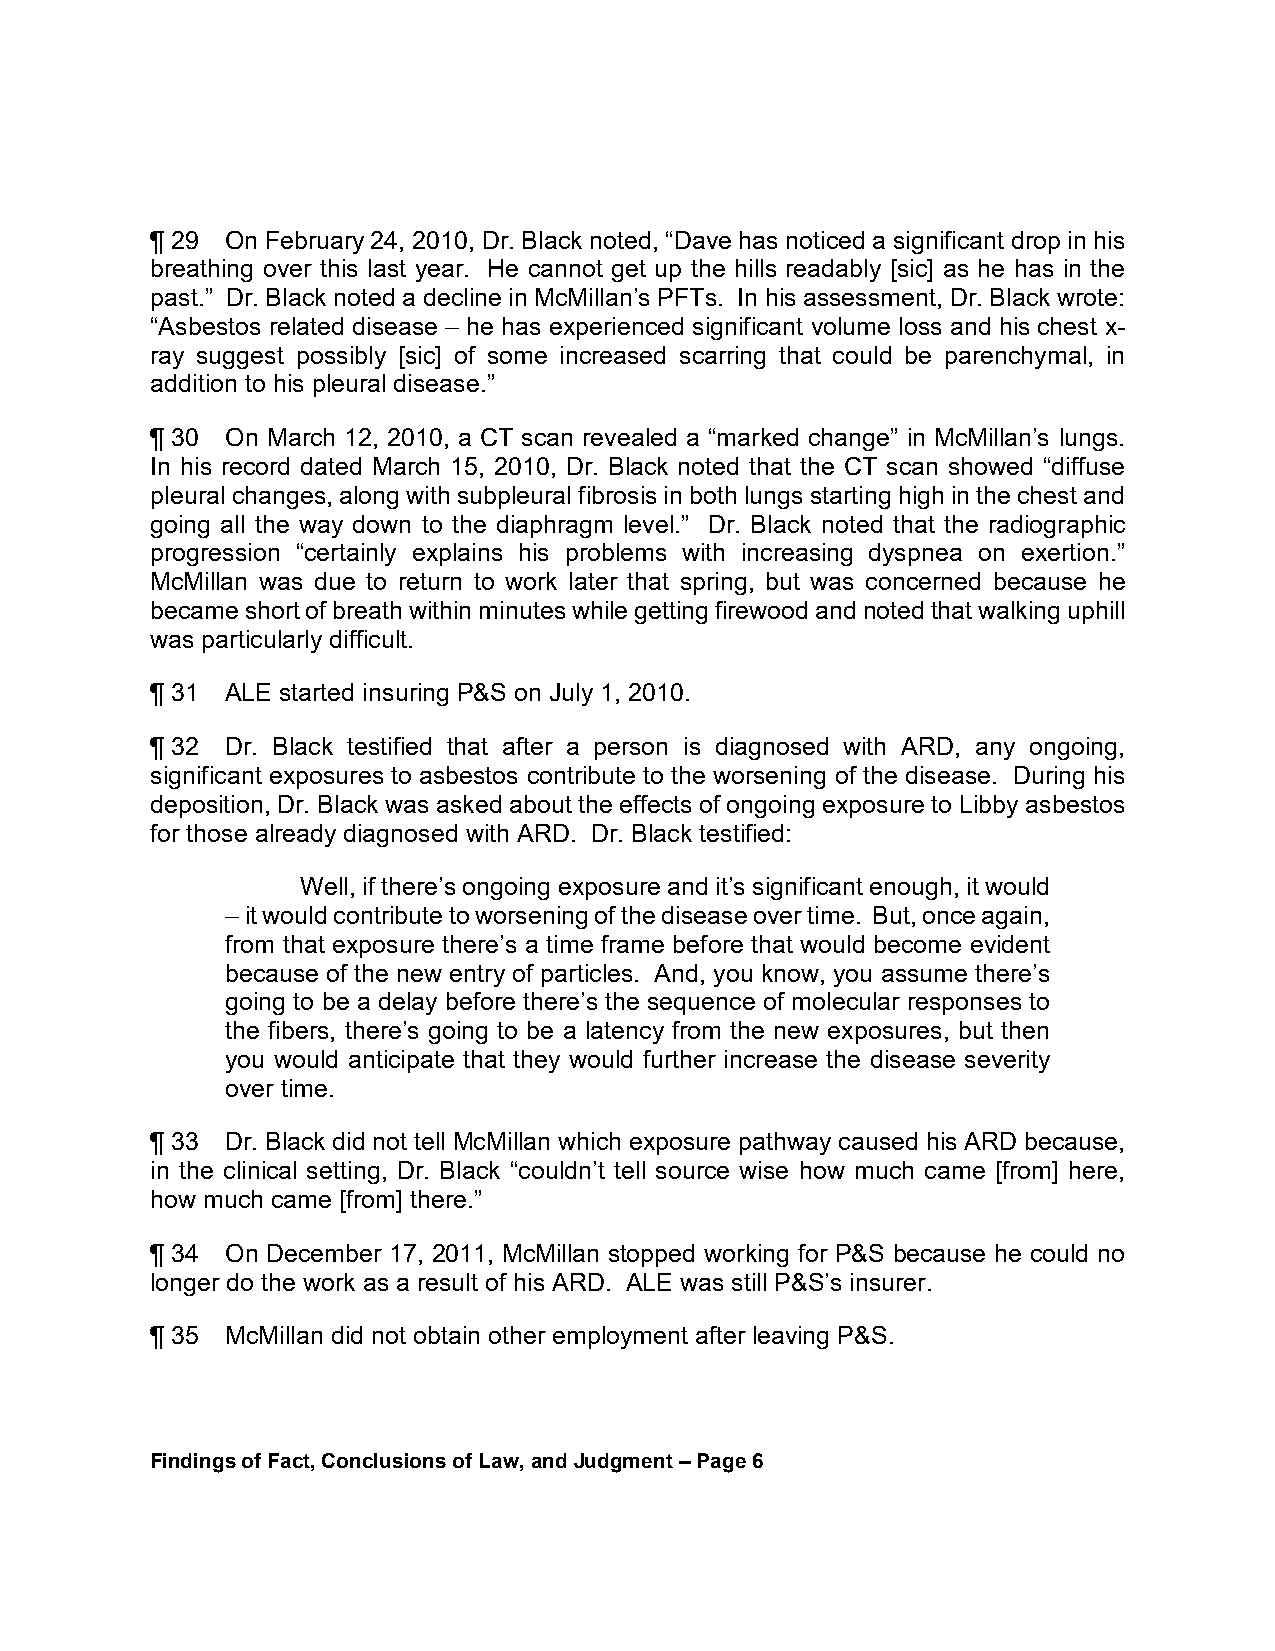
¶ 29 On February 24, 2010, Dr. Black noted, “Dave has noticed a significant drop in his
 breathing over this last year. He cannot get up the hills readably [sic] as he has in the
 past.” Dr. Black noted a decline in McMillan’s PFTs. In his assessment, Dr. Black wrote:
 “Asbestos related disease – he has experienced significant volume loss and his chest x-
 ray suggest possibly [sic] of some increased scarring that could be parenchymal, in
 addition to his pleural disease.”
 ¶ 30 On March 12, 2010, a CT scan revealed a “marked change” in McMillan’s lungs.
 In his record dated March 15, 2010, Dr. Black noted that the CT scan showed “diffuse
 pleural changes, along with subpleural fibrosis in both lungs starting high in the chest and
 going all the way down to the diaphragm level.” Dr. Black noted that the radiographic
 progression “certainly explains his problems with increasing dyspnea on exertion.”
 McMillan was due to return to work later that spring, but was concerned because he
 became short of breath within minutes while getting firewood and noted that walking uphill
 was particularly difficult.
 ¶ 31 ALE started insuring P&S on July 1, 2010.
 ¶ 32 Dr. Black testified that after a person is diagnosed with ARD, any ongoing,
 significant exposures to asbestos contribute to the worsening of the disease. During his
 deposition, Dr. Black was asked about the effects of ongoing exposure to Libby asbestos
 for those already diagnosed with ARD. Dr. Black testified:
 Well, if there’s ongoing exposure and it’s significant enough, it would
 – it would contribute to worsening of the disease over time. But, once again,
 from that exposure there’s a time frame before that would become evident
 because of the new entry of particles. And, you know, you assume there’s
 going to be a delay before there’s the sequence of molecular responses to
 the fibers, there’s going to be a latency from the new exposures, but then
 you would anticipate that they would further increase the disease severity
 over time.
 ¶ 33 Dr. Black did not tell McMillan which exposure pathway caused his ARD because,
 in the clinical setting, Dr. Black “couldn’t tell source wise how much came [from] here,
 how much came [from] there.”
 ¶ 34 On December 17, 2011, McMillan stopped working for P&S because he could no
 longer do the work as a result of his ARD. ALE was still P&S’s insurer.
 ¶ 35 McMillan did not obtain other employment after leaving P&S.
 Findings of Fact, Conclusions of Law, and Judgment – Page 6